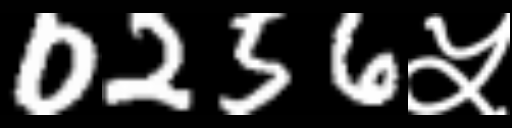
Text: 0256५